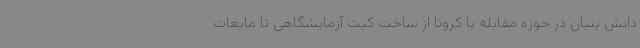
دانش بنیان در حوزه مقابله با کرونا از ساخت کیت آزمایشگاهی تا مایعات